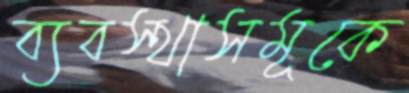
ব্যবস্থাসমূকে